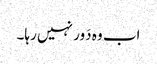
اب وہ دَور نہیں رہا۔